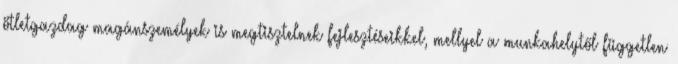
ötletgazdag magánszemélyek is megtisztelnek fejlesztéseikkel, mellyel a munkahelytől független